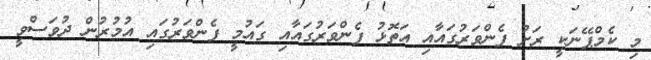
މި ކެމްޕޭނަކީ ރަށު ފެންވަރުގައާއި އަތޮޅު ފެންވަރުގައާއި ގައުމީ ފެންވަރުގައި އުމުރުން ދުވަސްވީ